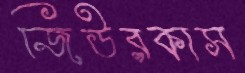
জিউরকাস